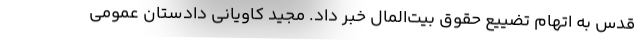
قدس به اتهام تضییع حقوق بیت‌المال خبر داد. مجید کاویانی دادستان عمومی